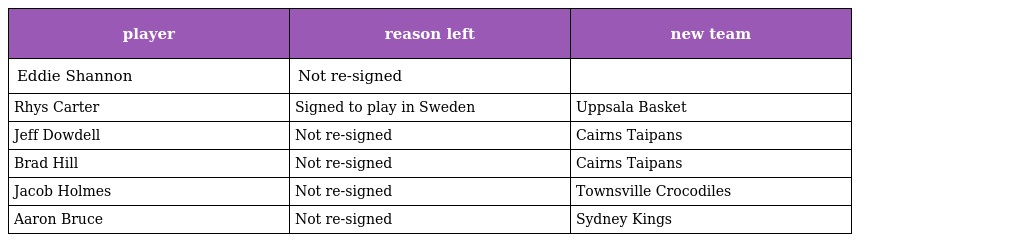
| player | reason left | new team |
 | --- | --- | --- |
 | Eddie Shannon | Not re-signed |  |
 | Rhys Carter | Signed to play in Sweden | Uppsala Basket |
 | Jeff Dowdell | Not re-signed | Cairns Taipans |
 | Brad Hill | Not re-signed | Cairns Taipans |
 | Jacob Holmes | Not re-signed | Townsville Crocodiles |
 | Aaron Bruce | Not re-signed | Sydney Kings |